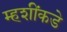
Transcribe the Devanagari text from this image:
म्हशींकडे